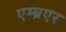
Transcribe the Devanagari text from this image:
एम्ब्रएर